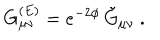
G _ { \mu \nu } ^ { ( E ) } = e ^ { - 2 \phi } \, \tilde { G } _ { \mu \nu } \ .